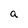
Character: a